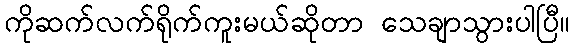
ကိုဆက်လက်ရိုက်ကူးမယ်ဆိုတာ သေချာသွားပါပြီ။